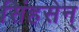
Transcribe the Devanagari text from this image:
सिंहसेन्